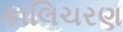
કાલિચરણ